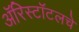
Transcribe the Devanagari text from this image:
ॲरिस्टॉटलचे